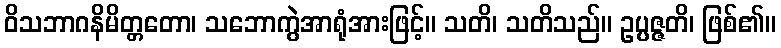
ဝိသဘာဂနိမိတ္တတော၊ သဘောကွဲအာရုံအားဖြင့်။ သတိ၊ သတိသည်။ ဥပ္ပဇ္ဇတိ၊ ဖြစ်၏။